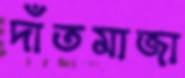
দাঁতমাজা